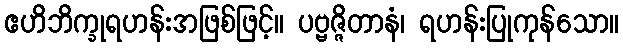
ဧဟိဘိက္ခုရဟန်းအဖြစ်ဖြင့်။ ပဗ္ဗဇ္ဇိတာနံ၊ ရဟန်းပြုကုန်သော။